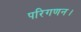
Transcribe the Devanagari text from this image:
परिगणन।